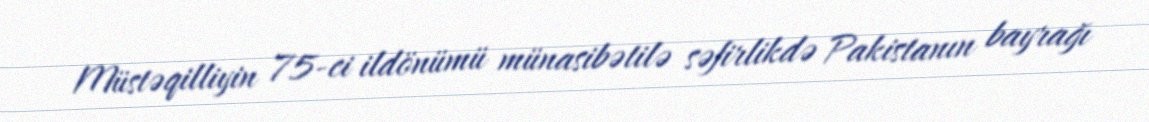
Müstəqilliyin 75-ci ildönümü münasibətilə səfirlikdə Pakistanın bayrağı